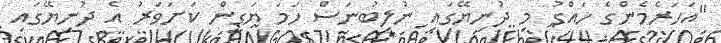
"އަހަރެމެންގެ ހައްގު މި ދުނިޔޭގައި ނުލިބުނަސް ހަމަ ޔަގީން ކަށަވަރު އެ ދުނިޔޭގައި